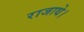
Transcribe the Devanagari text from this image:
राजाथे।